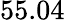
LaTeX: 55.04